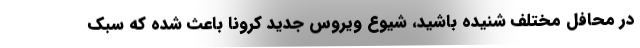
در محافل مختلف شنیده باشید، شیوع ویروس جدید کرونا باعث شده که سبک